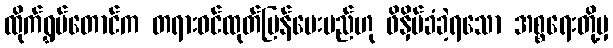
ထိုက်ရွှမ်တောင်က တရားဝင်ထုတ်ပြန်ပေးမည်ဟု ဖိနှိပ်ခံခဲ့ရသော အစ္စရေးတို့မှ